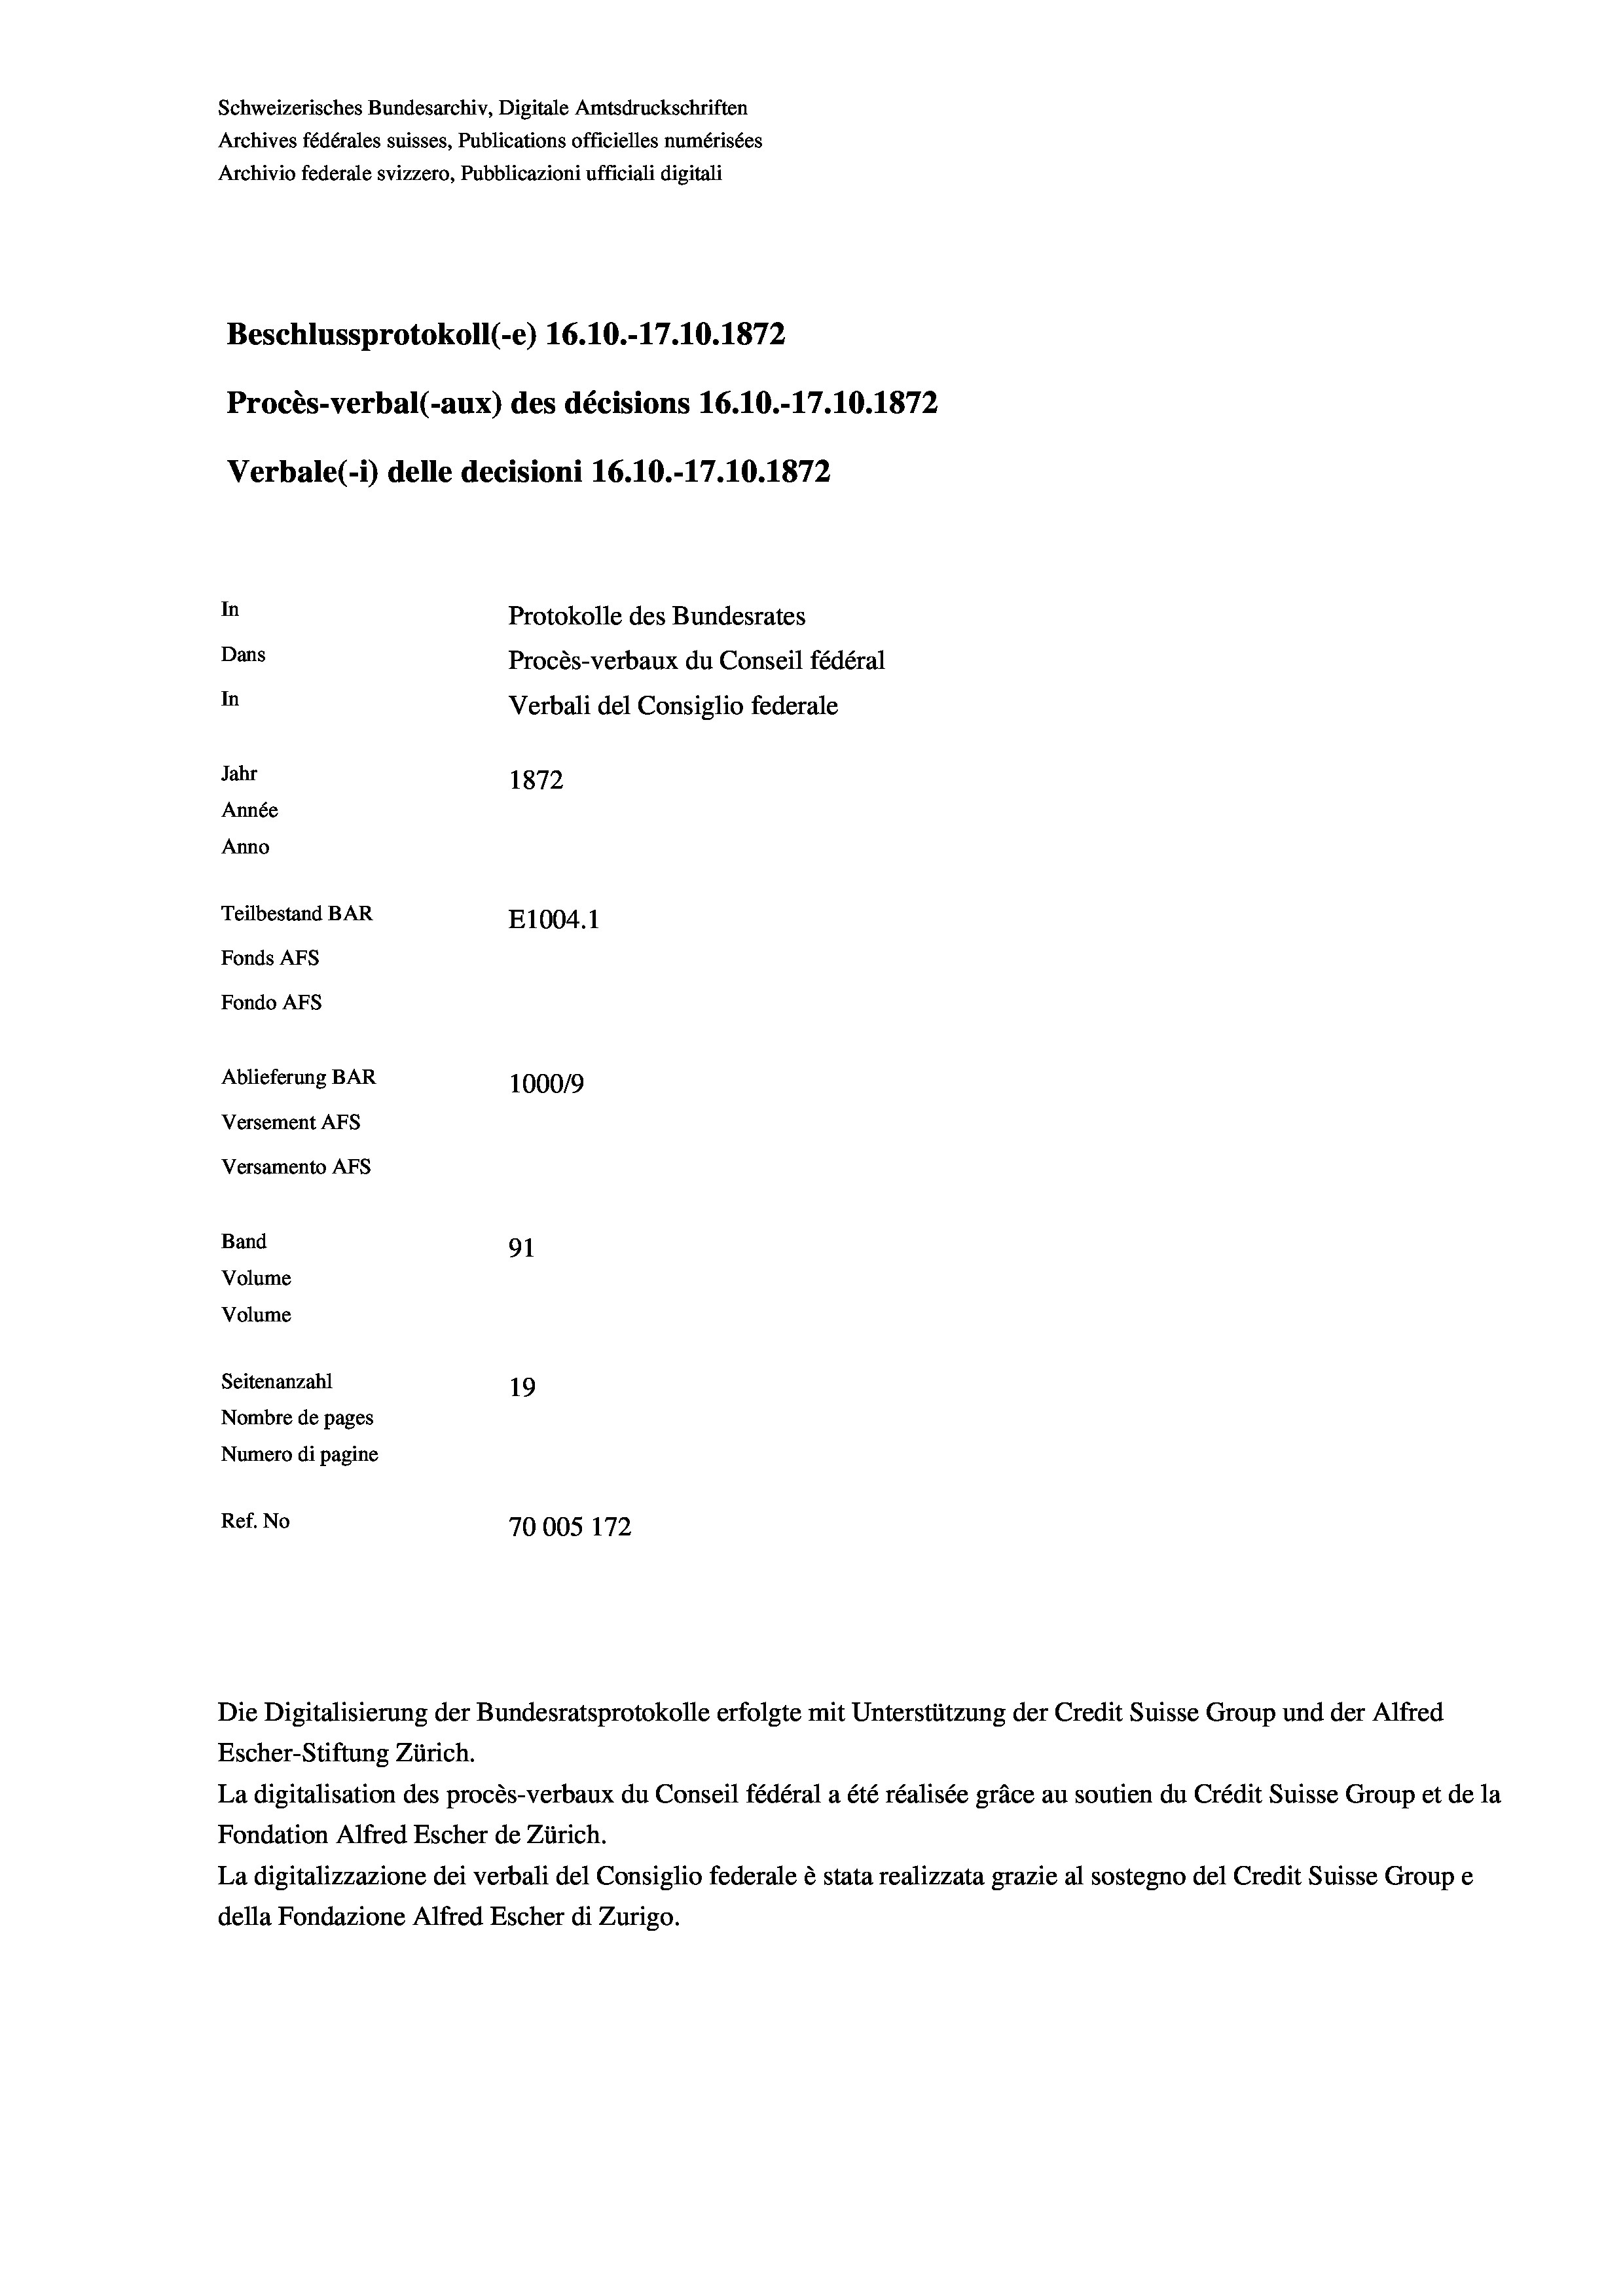
Schweizerisches Bundesarchiv, Digitale Amtsdruckschriften
Archives fédérales suisses, Publications officielles numérisées
Archivio federale svizzero, Pubblicazioni ufficiali digitali
Beschlussprotokoll (-e) 16.10.-17.10.1872
Procès-verbal (-aux) des décisions 16.10.-17.10.1872
Verbale(-*) delle decisioni 16.10.-17.10.1872
In
Protokolle des Bundesrates
Dans
Procès-verbaux du Conseil fédéral
In
Verbali del Consiglio federale
Jahr
1872
Année
Anno
Teilbestand BAR
E1004. 1
Fonds Afs
Fondo AFs
Ablieferung BAR
100019
Versement AFs
Versamento AFs
Band
91
Volume
Volume
Seitenanzahl
19
Nombre de pages
Numero di pagine
Ref. No
70005 172

Escher-Stiftung Zürich.
La digitalisation des procès-verbaux du Conseil fédéral a été réalisée gräce au soutien du Crédit Suisse Group et de la
Fondation Alfred Escher de Zürich.
La digitalizzazione dei verbali del Consiglio federale è stata realizzata grazie al sostegno del Credit Suisse Groupe
della Fondazione Alfred Escher di Zurigo.

Die Digitalisierung der Bundesratsprotokolle erfolgte mit Unterstützung der Credit Suisse Group und der Alfred